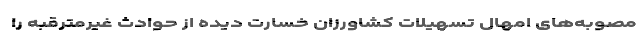
مصوبه‌های امهال تسهیلات کشاورزان خسارت دیده از حوادث غیرمترقبه را